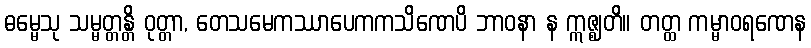
ဓမ္မေသု သမ္မတ္တန္တိ ဝုတ္တာ, တေသမေကဿာပေကကသိဏေပိ ဘာဝနာ န ဣဇ္ဈတိ။ တတ္ထ ကမ္မာဝရဏေန